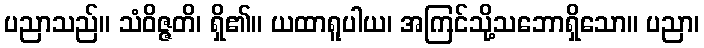
ပညာသည်။ သံဝိဇ္ဇတိ၊ ရှိ၏။ ယထာရူပါယ၊ အကြင်သို့သဘောရှိသော။ ပညာ၊